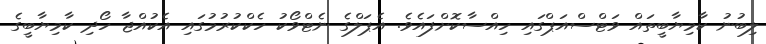
ލިބުނު ކާމިޔާބީތައް ވަޓްސްއަޕްގައި ހިއްސާކޮށްފައެވެ. އެޕަލްގެ ނެޓްވޯކު ހެކްކުރުމުގައި އެކުއްޖާ ހޯދި ކާމިޔާބީގެ